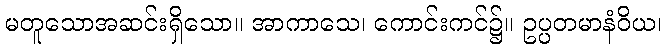
မတူသောအဆင်းရှိသော။ အာကာသေ၊ ကောင်းကင်၌။ ဥပ္ပတမာနံဝိယ၊